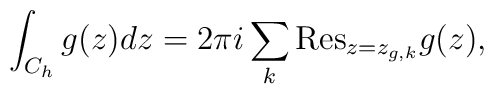
\int_{C_h}{g(z)dz}=2\pi i\sum_k {\mathrm{Res}}_{z=z_{g,k}}g(z),